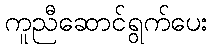
ကူညီဆောင်ရွက်ပေး